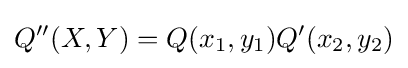
Q^{\prime \prime }(X,Y)=Q(x_{1},y_{1})Q^{\prime }(x_{2},y_{2})